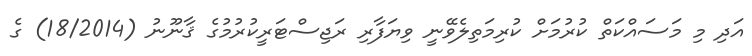
އަދި މި މަސައްކަތް ކުރުމަށް ކުރިމަތިލެވޭނީ ވިޔަފާރި ރަޖިސްޓަރީކުރުމުގެ ޤާނޫނު (18/2014) ގެ